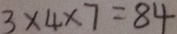
3 \times 4 \times 7 = 8 4